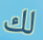
لك